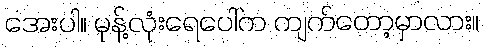
အေးပါ။ မုန့်လုံးရေပေါ်က ကျက်တော့မှာလား။